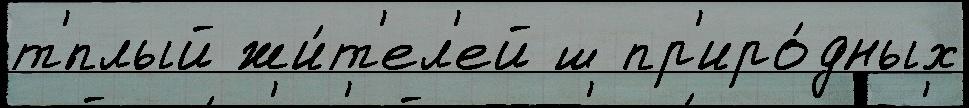
т'́плый жи́т'ел'ей ш пр'иро́дных